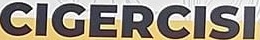
CIGERCISI